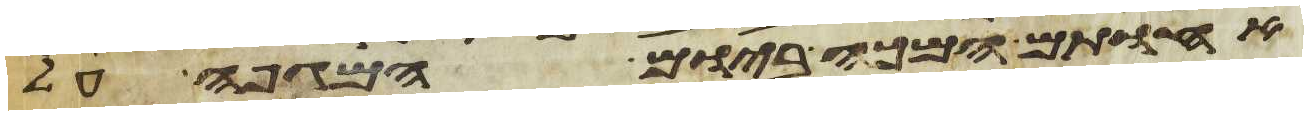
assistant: אחותם המכה ביום המגפה על